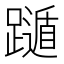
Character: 𨆛